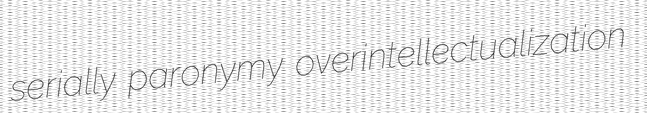
serially paronymy overintellectualization